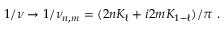
1 / \nu \rightarrow 1 / \nu _ { n , m } = ( 2 n K _ { \ell } + i 2 m K _ { 1 - \ell } ) / \pi ~ .